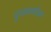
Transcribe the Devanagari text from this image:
पुरळाबरोबर